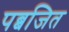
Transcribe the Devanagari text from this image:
पब्बजित